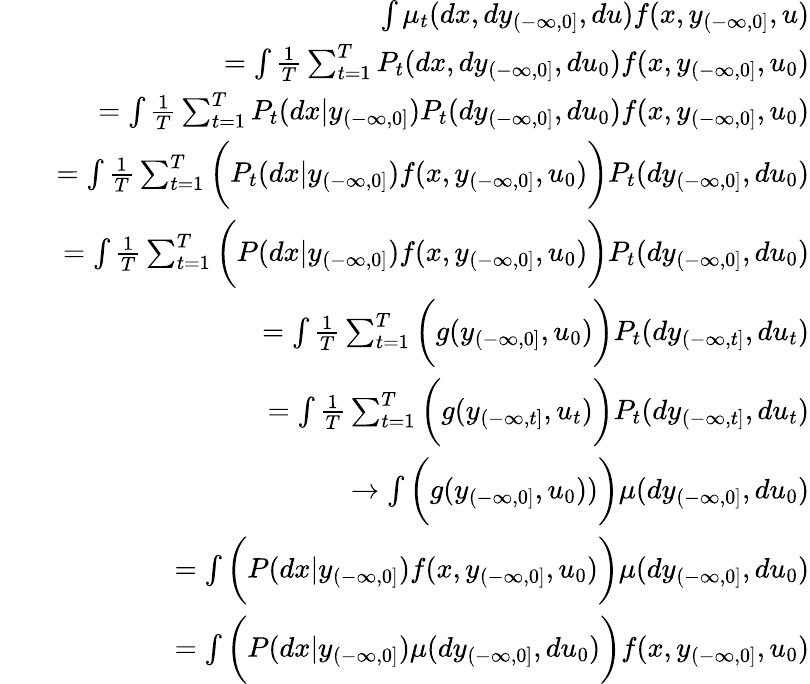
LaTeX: \begin{array}{rlr}&{}&{\int\mu_{t}(dx,dy_{(-\infty,0]},du)f(x,y_{(-\infty,0]},u)}\\ &{}&{=\int{\frac{1}{T}}\sum_{t=1}^{T}P_{t}(dx,dy_{(-\infty,0]},du_{0})f(x,y_{(-\infty,0]},u_{0})}\\ &{}&{=\int{\frac{1}{T}}\sum_{t=1}^{T}P_{t}(dx|y_{(-\infty,0]})P_{t}(dy_{(-\infty,0]},du_{0})f(x,y_{(-\infty,0]},u_{0})}\\ &{}&{=\int{\frac{1}{T}}\sum_{t=1}^{T}\bigg(P_{t}(dx|y_{(-\infty,0]})f(x,y_{(-\infty,0]},u_{0})\bigg)P_{t}(dy_{(-\infty,0]},du_{0})}\\ &{}&{=\int{\frac{1}{T}}\sum_{t=1}^{T}\bigg(P(dx|y_{(-\infty,0]})f(x,y_{(-\infty,0]},u_{0})\bigg)P_{t}(dy_{(-\infty,0]},du_{0})}\\ &{}&{=\int{\frac{1}{T}}\sum_{t=1}^{T}\bigg(g(y_{(-\infty,0]},u_{0})\bigg)P_{t}(dy_{(-\infty,t]},du_{t})}\\ &{}&{=\int{\frac{1}{T}}\sum_{t=1}^{T}\bigg(g(y_{(-\infty,t]},u_{t})\bigg)P_{t}(dy_{(-\infty,t]},du_{t})}\\ &{}&{\to\int\bigg(g(y_{(-\infty,0]},u_{0}))\bigg)\mu(dy_{(-\infty,0]},du_{0})}\\ &{}&{=\int\bigg(P(dx|y_{(-\infty,0]})f(x,y_{(-\infty,0]},u_{0})\bigg)\mu(dy_{(-\infty,0]},du_{0})}\\ &{}&{=\int\bigg(P(dx|y_{(-\infty,0]})\mu(dy_{(-\infty,0]},du_{0})\bigg)f(x,y_{(-\infty,0]},u_{0})}\end{array}